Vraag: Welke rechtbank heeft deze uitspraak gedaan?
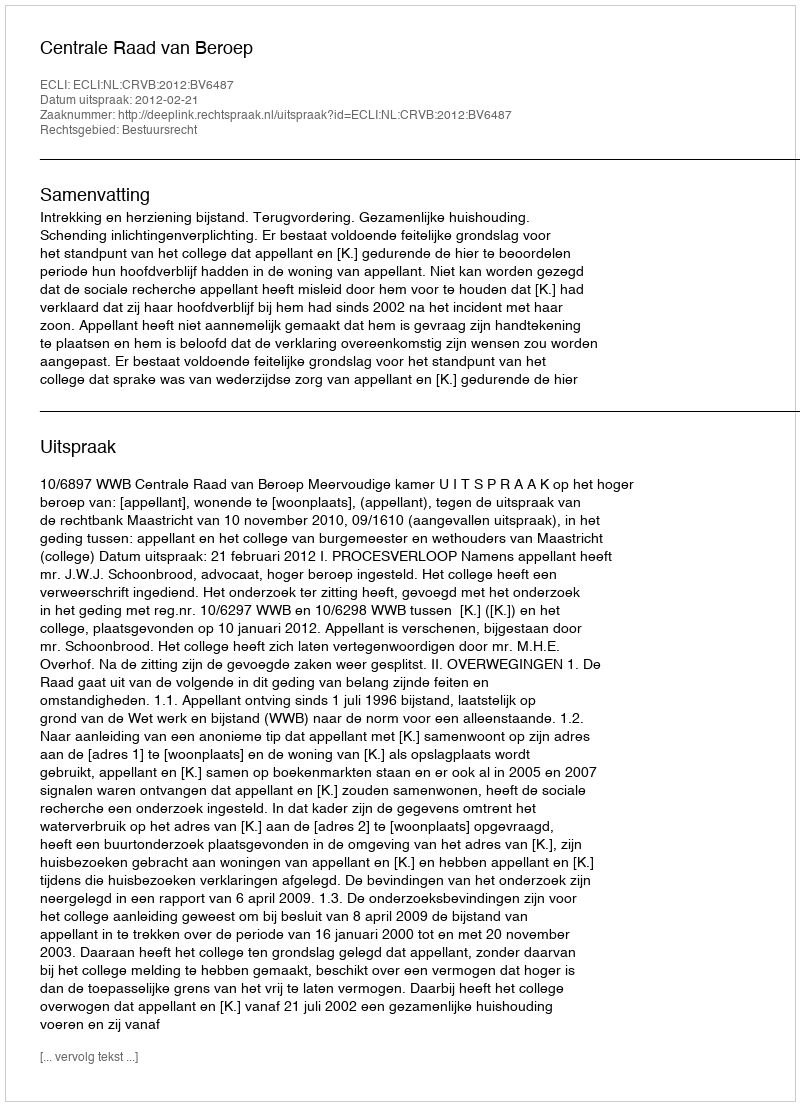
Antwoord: Centrale Raad van Beroep